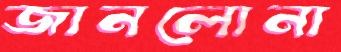
জানলোনা